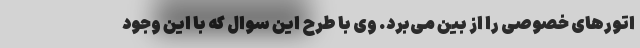
اتورهای خصوصی را از بین می‌برد. وی با طرح این سوال که با این وجود